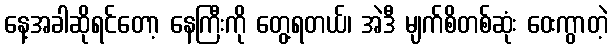
နေ့အခါဆိုရင်တော့ နေကြီးကို တွေ့ရတယ်၊ အဲဒီ မျက်စိတစ်ဆုံး ဝေးကွာတဲ့